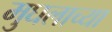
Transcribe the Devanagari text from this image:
मुघलाच्या